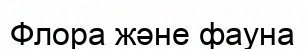
Флора және фауна